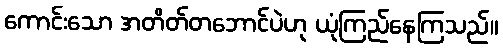
ကောင်းသော အတိတ်တဘောင်ပဲဟု ယုံကြည်နေကြသည်။